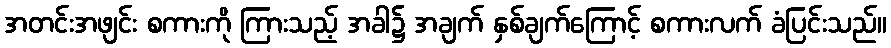
အတင်းအဖျင်း စကားကို ကြားသည့် အခါ၌ အချက် နှစ်ချက်ကြောင့် စကားလက် ခံပြင်းသည်။